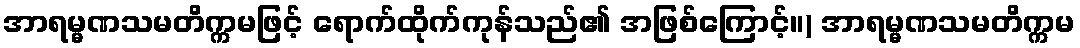
အာရမ္မဏသမတိက္ကမဖြင့် ရောက်ထိုက်ကုန်သည်၏ အဖြစ်ကြောင့်။) အာရမ္မဏသမတိက္ကမ